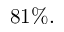
8 1 \% .